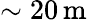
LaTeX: \mathrm{\sim 20\, m}